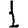
Digit: 1